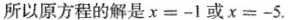
所以原方程的解是＄＄χ = - 1＄＄或＄＄x = - 5＄＄.